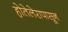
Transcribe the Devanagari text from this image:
होतेलेरापासून